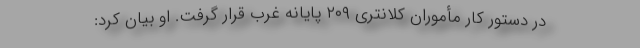
در دستور کار مأموران کلانتری ۲۰۹ پایانه غرب قرار گرفت. او بیان کرد: